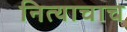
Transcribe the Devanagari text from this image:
नित्याचाच